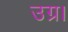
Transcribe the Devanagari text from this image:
उग्र।